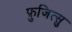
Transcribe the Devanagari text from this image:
फ़ुजित्सु